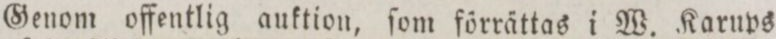
Genom offentlig auktion, ſom förrättas i W. Karups